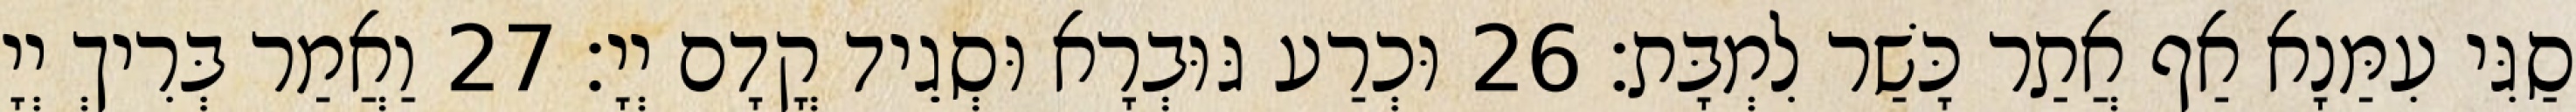
סַגִּי עִמַּנָא אַף אֲתַר כָּשַׁר לִמְבָּת׃ 26 וּכְרַע גּוּבְרָא וּסְגֵיד קֳדָם יְיָ׃ 27 וַאֲמַר בְּרִיךְ יְיָ